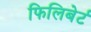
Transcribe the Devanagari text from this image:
फिलिबेर्ट